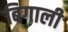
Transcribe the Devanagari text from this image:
बिगाली